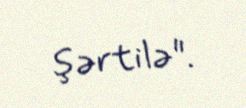
şərtilə".